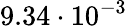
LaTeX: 9.34\cdot 10^{-3}